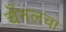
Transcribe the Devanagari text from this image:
चँनलचा